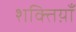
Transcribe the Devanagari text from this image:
शक्तिय़ाँ